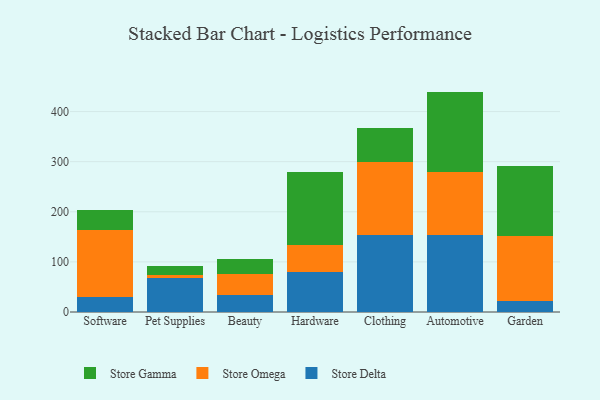
{"axis": {"x": "Category", "y": "Churn Rate (%)"}, "legend": ["Store Delta", "Store Gamma", "Store Omega"], "data": [{"x": "Software", "y": 30.2, "type": "Store Delta"}, {"x": "Software", "y": 133.8, "type": "Store Omega"}, {"x": "Software", "y": 39.1, "type": "Store Gamma"}, {"x": "Pet Supplies", "y": 68.4, "type": "Store Delta"}, {"x": "Pet Supplies", "y": 5.5, "type": "Store Omega"}, {"x": "Pet Supplies", "y": 18.7, "type": "Store Gamma"}, {"x": "Beauty", "y": 33.7, "type": "Store Delta"}, {"x": "Beauty", "y": 41.9, "type": "Store Omega"}, {"x": "Beauty", "y": 30.3, "type": "Store Gamma"}, {"x": "Hardware", "y": 79.7, "type": "Store Delta"}, {"x": "Hardware", "y": 53.7, "type": "Store Omega"}, {"x": "Hardware", "y": 146.0, "type": "Store Gamma"}, {"x": "Clothing", "y": 154.2, "type": "Store Delta"}, {"x": "Clothing", "y": 144.5, "type": "Store Omega"}, {"x": "Clothing", "y": 67.8, "type": "Store Gamma"}, {"x": "Automotive", "y": 153.2, "type": "Store Delta"}, {"x": "Automotive", "y": 126.5, "type": "Store Omega"}, {"x": "Automotive", "y": 160.1, "type": "Store Gamma"}, {"x": "Garden", "y": 21.9, "type": "Store Delta"}, {"x": "Garden", "y": 130.6, "type": "Store Omega"}, {"x": "Garden", "y": 139.4, "type": "Store Gamma"}]}